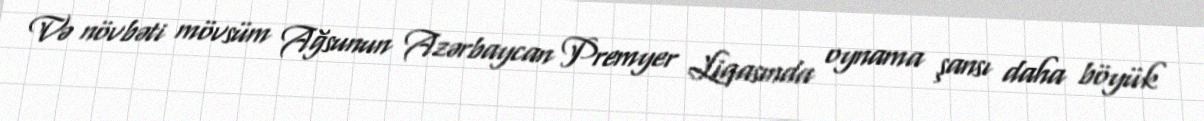
Və növbəti mövsüm Ağsunun Azərbaycan Premyer Liqasında oynama şansı daha böyük